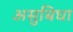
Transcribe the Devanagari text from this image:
असुबिधा